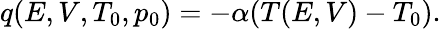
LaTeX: \begin{array}{r}{q(E,V,T_{0},p_{0})=-\alpha(T(E,V)-T_{0}).}\end{array}